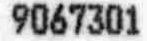
9067301